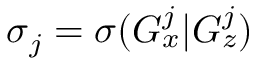
\boldsymbol { \sigma } _ { j } = \boldsymbol { \sigma } ( G _ { x } ^ { j } | G _ { z } ^ { j } )